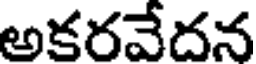
అకరవేదన